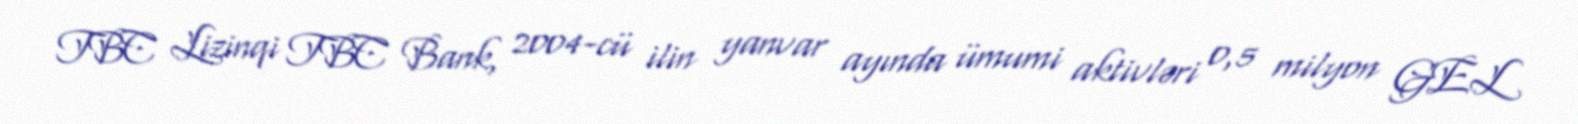
TBC Lizinqi TBC Bank, 2004-cü ilin yanvar ayında ümumi aktivləri 0,5 milyon GEL